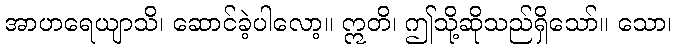
အာဟရေယျာသိ၊ ဆောင်ခဲ့ပါလော့။ ဣတိ၊ ဤသို့ဆိုသည်ရှိသော်။ သော၊